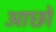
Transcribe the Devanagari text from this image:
आछो